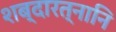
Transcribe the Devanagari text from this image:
शब्दारत्नानि